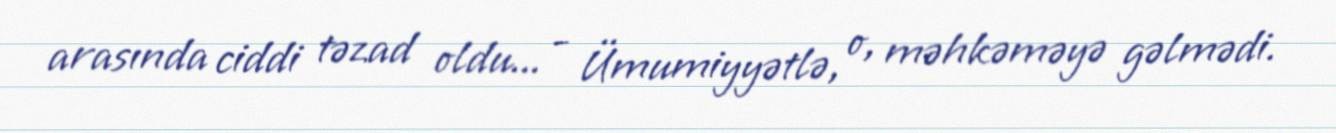
arasında ciddi təzad oldu... - Ümumiyyətlə, o, məhkəməyə gəlmədi.